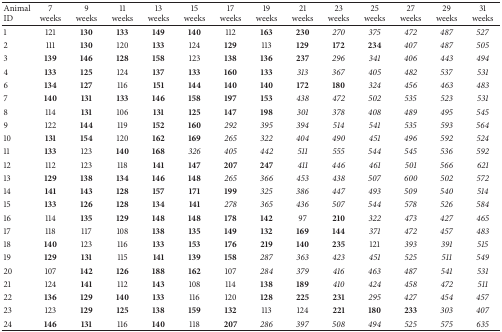
<table><thead><tr><td><b>Animal ID</b></td><td><b>7 weeks</b></td><td><b>9 weeks</b></td><td><b>11 weeks</b></td><td><b>13 weeks</b></td><td><b>15 weeks</b></td><td><b>17 weeks</b></td><td><b>19 weeks</b></td><td><b>21 weeks</b></td><td><b>23 weeks</b></td><td><b>25 weeks</b></td><td><b>27 weeks</b></td><td><b>29 weeks</b></td><td><b>31 weeks</b></td></tr></thead><tbody><tr><td>1</td><td>121</td><td><b>130</b></td><td><b>133</b></td><td><b>149</b></td><td><b>140</b></td><td>112</td><td><b>163</b></td><td><b>230</b></td><td><i>270 </i></td><td><i>375 </i></td><td><i>472 </i></td><td><i>487 </i></td><td><i>527 </i></td></tr><tr><td>2</td><td>111</td><td><b>130</b></td><td>120</td><td><b>133</b></td><td>124</td><td><b>129</b></td><td>113</td><td><b>129</b></td><td><b>172</b></td><td><b>234</b></td><td><i>407 </i></td><td><i>487 </i></td><td><i>505 </i></td></tr><tr><td>3</td><td><b>139</b></td><td><b>146</b></td><td><b>128</b></td><td><b>158</b></td><td>123</td><td><b>138</b></td><td><b>136</b></td><td><b>237</b></td><td><i>296 </i></td><td><i>341 </i></td><td><i>406 </i></td><td><i>443 </i></td><td><i>494 </i></td></tr><tr><td>4</td><td><b>133</b></td><td><b>125</b></td><td>124</td><td><b>137</b></td><td><b>133</b></td><td><b>160</b></td><td><b>133</b></td><td><i>313 </i></td><td><i>367 </i></td><td><i>405 </i></td><td><i>482 </i></td><td><i>537 </i></td><td><i>531 </i></td></tr><tr><td>6</td><td><b>134</b></td><td><b>127</b></td><td>116</td><td><b>151</b></td><td><b>144</b></td><td><b>140</b></td><td><b>140</b></td><td><b>172</b></td><td><b>180</b></td><td><i>324 </i></td><td><i>456 </i></td><td><i>463 </i></td><td><i>483 </i></td></tr><tr><td>7</td><td><b>140</b></td><td><b>131</b></td><td><b>133</b></td><td><b>146</b></td><td><b>158</b></td><td><b>197</b></td><td><b>153</b></td><td><i>438 </i></td><td><i>472 </i></td><td><i>502 </i></td><td><i>535 </i></td><td><i>523 </i></td><td><i>531 </i></td></tr><tr><td>8</td><td>114</td><td><b>131</b></td><td>106</td><td><b>131</b></td><td><b>125</b></td><td><b>147</b></td><td><b>198</b></td><td><i>301 </i></td><td><i>378 </i></td><td><i>408 </i></td><td><i>489 </i></td><td><i>495 </i></td><td><i>545 </i></td></tr><tr><td>9</td><td>122</td><td><b>144</b></td><td>119</td><td><b>152</b></td><td><b>160</b></td><td><i>292 </i></td><td><i>395 </i></td><td><i>394 </i></td><td><i>514 </i></td><td><i>541 </i></td><td><i>535 </i></td><td><i>593 </i></td><td><i>564 </i></td></tr><tr><td>10</td><td><b>131</b></td><td><b>154</b></td><td>120</td><td><b>162</b></td><td><b>169</b></td><td><i>265 </i></td><td><i>322 </i></td><td><i>404 </i></td><td><i>490 </i></td><td><i>451 </i></td><td><i>496 </i></td><td><i>592 </i></td><td><i>524 </i></td></tr><tr><td>11</td><td><b>133</b></td><td>123</td><td><b>140</b></td><td><b>168</b></td><td><i>326 </i></td><td><i>405 </i></td><td><i>442 </i></td><td><i>511 </i></td><td><i>555 </i></td><td><i>544 </i></td><td><i>545 </i></td><td><i>536 </i></td><td><i>592 </i></td></tr><tr><td>12</td><td>112</td><td>123</td><td>118</td><td><b>141</b></td><td><b>147</b></td><td><b>207</b></td><td><b>247</b></td><td><i>411 </i></td><td><i>446 </i></td><td><i>461 </i></td><td><i>501 </i></td><td><i>566 </i></td><td><i>621 </i></td></tr><tr><td>13</td><td><b>129</b></td><td><b>138</b></td><td><b>134</b></td><td><b>146</b></td><td><b>148</b></td><td><i>265 </i></td><td><i>366 </i></td><td><i>453 </i></td><td><i>438 </i></td><td><i>507 </i></td><td><i>600 </i></td><td><i>502 </i></td><td><i>572 </i></td></tr><tr><td>14</td><td><b>141</b></td><td><b>143</b></td><td><b>128</b></td><td><b>157</b></td><td><b>171</b></td><td><b>199</b></td><td><i>325 </i></td><td><i>386 </i></td><td><i>447 </i></td><td><i>493 </i></td><td><i>509 </i></td><td><i>540 </i></td><td><i>514 </i></td></tr><tr><td>15</td><td><b>133</b></td><td><b>126</b></td><td><b>128</b></td><td><b>134</b></td><td><b>141</b></td><td><i>278 </i></td><td><i>365 </i></td><td><i>436 </i></td><td><i>507 </i></td><td><i>544 </i></td><td><i>578 </i></td><td><i>526 </i></td><td><i>584 </i></td></tr><tr><td>16</td><td>114</td><td><b>135</b></td><td><b>129</b></td><td><b>148</b></td><td><b>148</b></td><td><b>178</b></td><td><b>142</b></td><td>97</td><td><b>210</b></td><td><i>322 </i></td><td><i>473 </i></td><td><i>427 </i></td><td><i>465 </i></td></tr><tr><td>17</td><td>118</td><td>117</td><td>108</td><td><b>138</b></td><td><b>135</b></td><td><b>149</b></td><td><b>132</b></td><td><b>169</b></td><td><b>144</b></td><td><i>371 </i></td><td><i>472 </i></td><td><i>457 </i></td><td><i>483 </i></td></tr><tr><td>18</td><td><b>140</b></td><td>123</td><td>116</td><td><b>133</b></td><td><b>153</b></td><td><b>176</b></td><td><b>219</b></td><td><b>140</b></td><td><b>235</b></td><td>121</td><td><i>393 </i></td><td><i>391 </i></td><td><i>515 </i></td></tr><tr><td>19</td><td><b>129</b></td><td><b>131</b></td><td>115</td><td><b>141</b></td><td><b>139</b></td><td><b>158</b></td><td><i>287 </i></td><td><i>363 </i></td><td><i>423 </i></td><td><i>451 </i></td><td><i>525 </i></td><td><i>511 </i></td><td><i>549 </i></td></tr><tr><td>20</td><td>107</td><td><b>142</b></td><td><b>126</b></td><td><b>188</b></td><td><b>162</b></td><td>107</td><td><i>284 </i></td><td><i>379 </i></td><td><i>416 </i></td><td><i>463 </i></td><td><i>487 </i></td><td><i>541 </i></td><td><i>531 </i></td></tr><tr><td>21</td><td>124</td><td><b>141</b></td><td>112</td><td><b>143</b></td><td>108</td><td>114</td><td><b>138</b></td><td><b>189</b></td><td><i>410 </i></td><td><i>424 </i></td><td><i>458 </i></td><td><i>472 </i></td><td><i>511 </i></td></tr><tr><td>22</td><td><b>136</b></td><td><b>129</b></td><td><b>140</b></td><td><b>133</b></td><td>116</td><td>120</td><td><b>128</b></td><td><b>225</b></td><td><b>231</b></td><td><i>295 </i></td><td><i>427 </i></td><td><i>454 </i></td><td><i>457 </i></td></tr><tr><td>23</td><td>123</td><td><b>129</b></td><td><b>125</b></td><td><b>138</b></td><td><b>159</b></td><td><b>132</b></td><td>113</td><td>124</td><td><b>221</b></td><td><b>180</b></td><td><b>233</b></td><td><i>303 </i></td><td><i>407 </i></td></tr><tr><td>24</td><td><b>146</b></td><td><b>131</b></td><td>116</td><td><b>140</b></td><td>118</td><td><b>207</b></td><td><i>286 </i></td><td><i>397 </i></td><td><i>508 </i></td><td><i>494 </i></td><td><i>525 </i></td><td><i>575 </i></td><td><i>635 </i></td></tr></tbody></table>